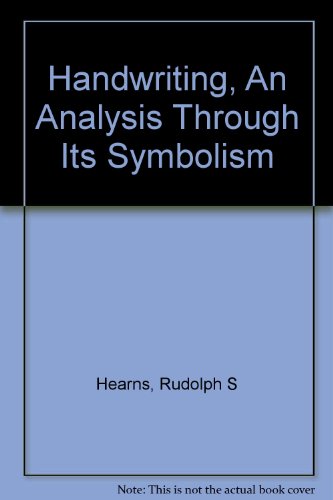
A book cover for Handwriting;: An analysis through its symbolism; Rudolph S Hearns; Self-Help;